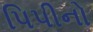
પિપીનો